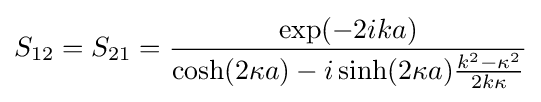
S_{12}=S_{21}={\frac {\exp(-2ika)}{\cosh(2\kappa a)-i\sinh(2\kappa a){\frac {k^{2}-{\kappa }^{2}}{2k\kappa }}}}